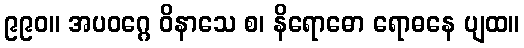
၉၉၀။ အပဝဂ္ဂေ ဝိနာသေ စ၊ နိရောဓော ရောဓနေ ပျထ။